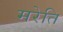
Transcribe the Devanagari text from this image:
मरेति